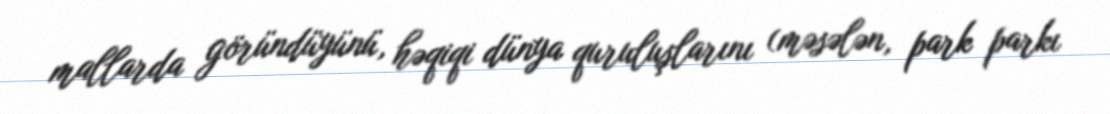
mallarda göründüyünü, həqiqi dünya quruluşlarını (məsələn, park parkı